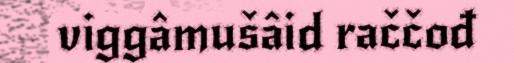
viggâmušâid raččođ